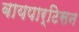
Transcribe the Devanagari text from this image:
बायपार्टिसन